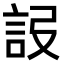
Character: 𧦮